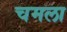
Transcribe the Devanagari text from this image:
चमला